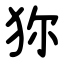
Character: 狝